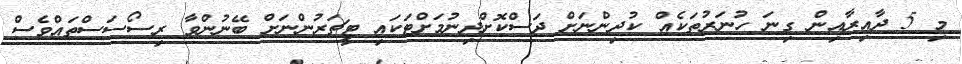
މި 5 ދާއިރާއިން ގިނަ ހުނަރުތަކެއް ކުދިންނަށް ދަސްކޮށްދިނުމަށްޓަކައި ޓީޗަރުންނަށް ބޭނުންވާ ރިސޯސަސްތައްވެސް